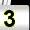
Digit: 3